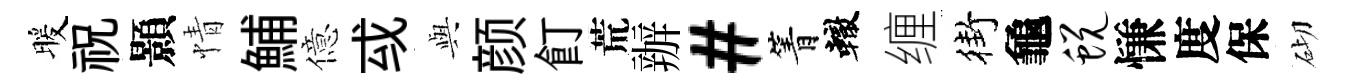
暖祝顥情鯆億㦯𫤰颜飣荒辦#箐轍缠街龜蜕慊度保砌